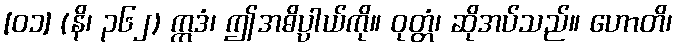
[၀၁] (နိ၊ ၃၆၂) ဣဒံ၊ ဤအဓိပ္ပာယ်ကို။ ဝုတ္တံ၊ ဆိုအပ်သည်။ ဟောတိ၊